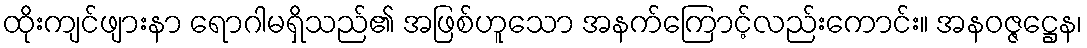
ထိုးကျင်ဖျားနာ ရောဂါမရှိသည်၏ အဖြစ်ဟူသော အနက်ကြောင့်လည်းကောင်း။ အနဝဇ္ဇဋ္ဌေန၊